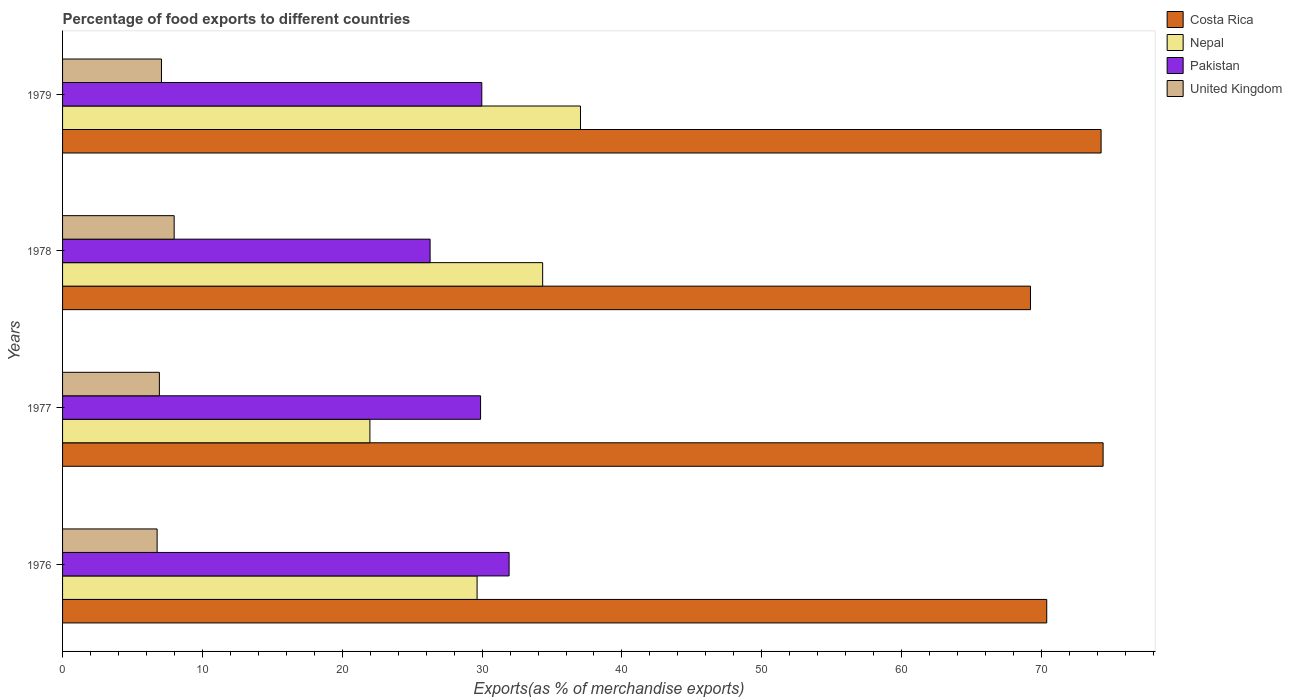
| Years | Costa Rica | Nepal | Pakistan | United Kingdom |
 | --- | --- | --- | --- | --- |
 | 1976 | 70.4 | 29.6 | 31.9 | 6.76 |
 | 1977 | 74.4 | 22 | 29.9 | 6.92 |
 | 1978 | 69.2 | 34.3 | 26.3 | 7.98 |
 | 1979 | 74.3 | 37 | 30 | 7.07 |